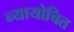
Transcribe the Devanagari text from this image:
न्‍यायोचित